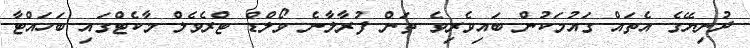
ދުނިޔޭގެ އެތައް ގައުމަކުން ބައިވެރިވެ ތަން ފުރާލާނެ ވޯލްޑް ޓްރެވެލް މާކެޓްގައި ބަހައްޓާ